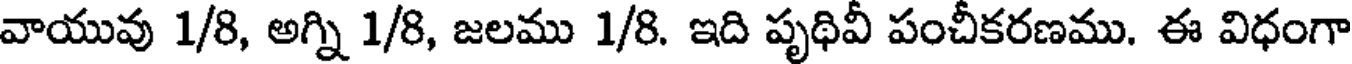
వాయువు 1/8, అగ్ని 1/8, జలము 1/8. ఇది పృథివీ పంచీకరణము. ఈ విధంగా